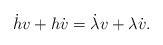
\begin{align*} \dot{h}v + h \dot{v} = \dot{\lambda} v + \lambda \dot{v}.\end{align*}